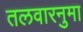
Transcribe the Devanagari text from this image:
तलवारनुमा